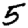
Digit: 5